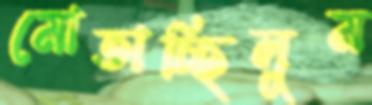
মোতাচ্ছিলুম